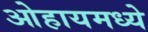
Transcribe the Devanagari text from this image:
ओहायमध्ये